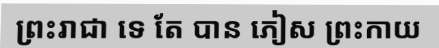
ព្រះរាជា ទេ តែ បាន ភៀស ព្រះកាយ